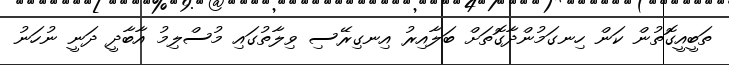
ތަބީއީގޮތުން ކަން ހިނގަމުންދާގޮތަށް ބަލާއިރު އިނގިރޭސި ވިލާތުގައި މުސްލިމު އާބާދީ ދަނީ ނުހަނު